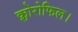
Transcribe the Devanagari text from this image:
क्लोरोफिल।